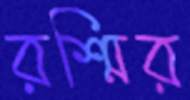
রশ্মির